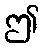
ဤ